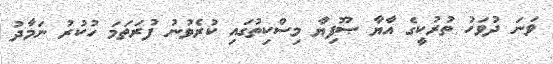
ވަނަ ދުވަހު ތުރުކީގެ އާޔާ ޞޫފިޔާ މިސްކިތުގައި ކުރެވުނު ފުރަތަމަ ހުކުުރު ނަމާދު